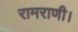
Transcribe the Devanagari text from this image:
रामराणी।